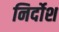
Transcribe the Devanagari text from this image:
निर्दोश